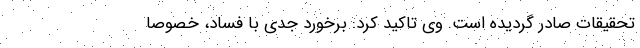
تحقیقات صادر گردیده است. وی تاکید کرد: برخورد جدی با فساد، خصوصاً